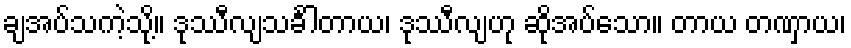
ချအပ်သကဲ့သို့။ ဒုဿီလျသင်္ခါတာယ၊ ဒုဿီလျဟု ဆိုအပ်သော။ တာယ တဏှာယ၊